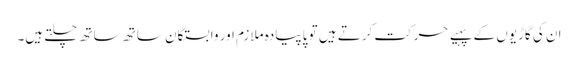
ان کی گاڑیوں کے پہیے حرکت کرتے ہیں تو پا پیادہ ملازم اور وابستگان ساتھ ساتھ چلتے ہیں۔